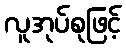
လူအုပ်စုဖြင့်